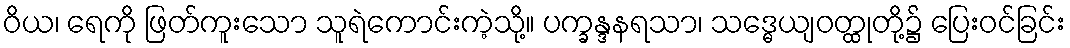
ဝိယ၊ ရေကို ဖြတ်ကူးသော သူရဲကောင်းကဲ့သို့။ ပက္ခန္ဒနရသာ၊ သဒ္ဓေယျဝတ္ထုတို့၌ ပြေးဝင်ခြင်း